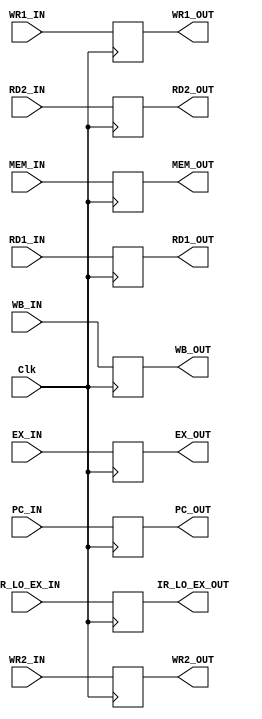

`timescale 1ns/1ns

module IDEX(Clk, WB_IN, MEM_IN, EX_IN, PC_IN, RD1_IN, RD2_IN, IR_LO_EX_IN, WR1_IN, WR2_IN, WB_OUT, MEM_OUT, EX_OUT, PC_OUT, RD1_OUT, RD2_OUT, IR_LO_EX_OUT, WR1_OUT, WR2_OUT);
    
input Clk;

input [31:0] PC_IN, RD1_IN, RD2_IN, IR_LO_EX_IN;
input [4:0] WR1_IN, WR2_IN;
input [1:0] WB_IN;
input [2:0] MEM_IN;
input [3:0] EX_IN;

output reg [31:0] PC_OUT, RD1_OUT, RD2_OUT, IR_LO_EX_OUT;
output reg [4:0] WR1_OUT, WR2_OUT;
output reg [1:0] WB_OUT;
output reg [2:0] MEM_OUT;
output reg [3:0] EX_OUT;

always @(posedge Clk) begin
    PC_OUT <= PC_IN;
    RD1_OUT <= RD1_IN;
    RD2_OUT <= RD2_IN;
    IR_LO_EX_OUT <= IR_LO_EX_IN;
    WR1_OUT <= WR1_IN;
    WR2_OUT <= WR2_IN;
    WB_OUT <= WB_IN;
    MEM_OUT <= MEM_IN;
    EX_OUT <= EX_IN;
end

endmodule